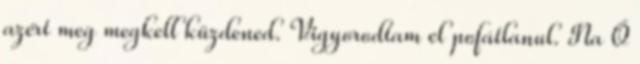
azért meg megkell küzdened. Vigyorodtam el pofátlanul. Na Ő